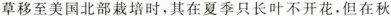
草移至美国北部栽培时，其在夏季只长叶不开花，但在秋